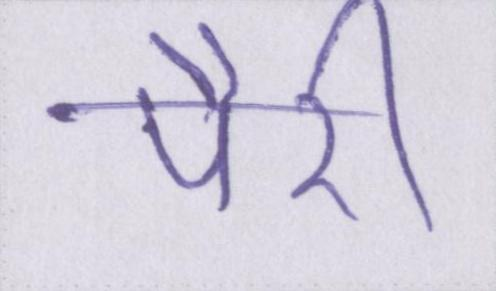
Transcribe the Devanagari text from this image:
पैरी